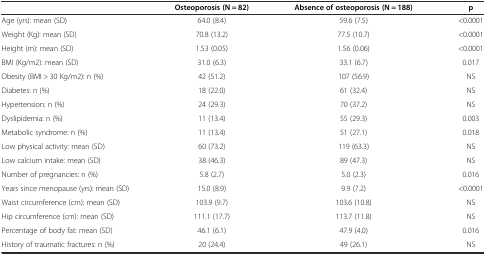
|  | Osteoporosis (N = 82) | Absence of osteoporosis (N = 188) | p |
 | --- | --- | --- | --- |
 | Age (yrs): mean (SD) | 64.0 (8.4) | 59.6 (7.5) | <0.0001 |
 | Weight (Kg): mean (SD) | 70.8 (13.2) | 77.5 (10.7) | <0.0001 |
 | Height (m): mean (SD) | 1.53 (0.05) | 1.56 (0.06) | <0.0001 |
 | BMI (Kg/m2): mean (SD) | 31.0 (6.3) | 33.1 (6.7) | 0.017 |
 | Obesity (BMI > 30 Kg/m2): n (%) | 42 (51.2) | 107 (56.9) | NS |
 | Diabetes: n (%) | 18 (22.0) | 61 (32.4) | NS |
 | Hypertension: n (%) | 24 (29.3) | 70 (37.2) | NS |
 | Dyslipidemia: n (%) | 11 (13.4) | 55 (29.3) | 0.003 |
 | Metabolic syndrome: n (%) | 11 (13.4) | 51 (27.1) | 0.018 |
 | Low physical activity: mean (SD) | 60 (73.2) | 119 (63.3) | NS |
 | Low calcium intake: mean (SD) | 38 (46.3) | 89 (47.3) | NS |
 | Number of pregnancies: n (%) | 5.8 (2.7) | 5.0 (2.3) | 0.016 |
 | Years since menopause (yrs): mean (SD) | 15.0 (8.9) | 9.9 (7.2) | <0.0001 |
 | Waist circumference (cm): mean (SD) | 103.9 (9.7) | 103.6 (10.8) | NS |
 | Hip circumference (cm): mean (SD) | 111.1 (17.7) | 113.7 (11.8) | NS |
 | Percentage of body fat: mean (SD) | 46.1 (6.1) | 47.9 (4.0) | 0.016 |
 | History of traumatic fractures: n (%) | 20 (24.4) | 49 (26.1) | NS |